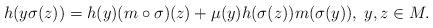
LaTeX: \begin{align*}h(y\sigma(z))=h(y)(m\circ \sigma)(z)+\mu(y)h(\sigma(z))m(\sigma(y)), \; y,z\in M.\end{align*}